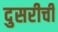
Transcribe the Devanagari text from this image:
दुसरीची